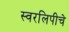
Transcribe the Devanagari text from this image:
स्वरलिपीचे